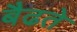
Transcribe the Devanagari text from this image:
बैढते